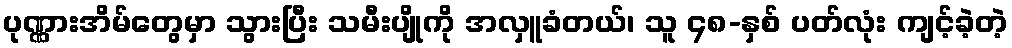
ပုဏ္ဏားအိမ်တွေမှာ သွားပြီး သမီးပျိုကို အလှူခံတယ်၊ သူ ၄၈-နှစ် ပတ်လုံး ကျင့်ခဲ့တဲ့